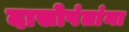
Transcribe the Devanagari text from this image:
दासोपंतांना